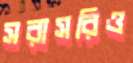
সরাসরিও